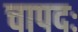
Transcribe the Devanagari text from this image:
चापदः